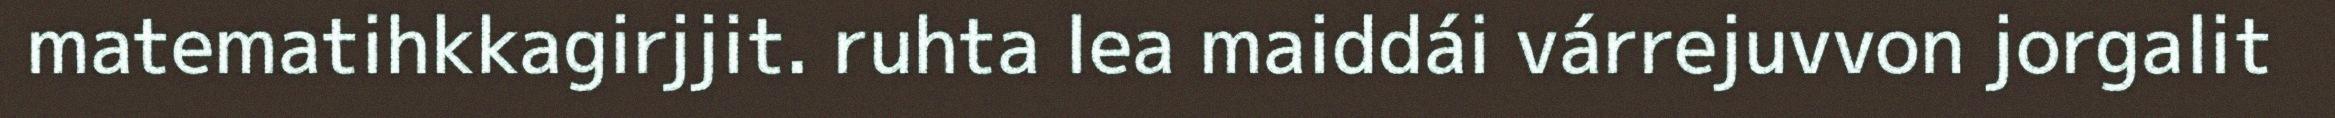
matematihkkagirjjit. ruhta lea maiddái várrejuvvon jorgalit